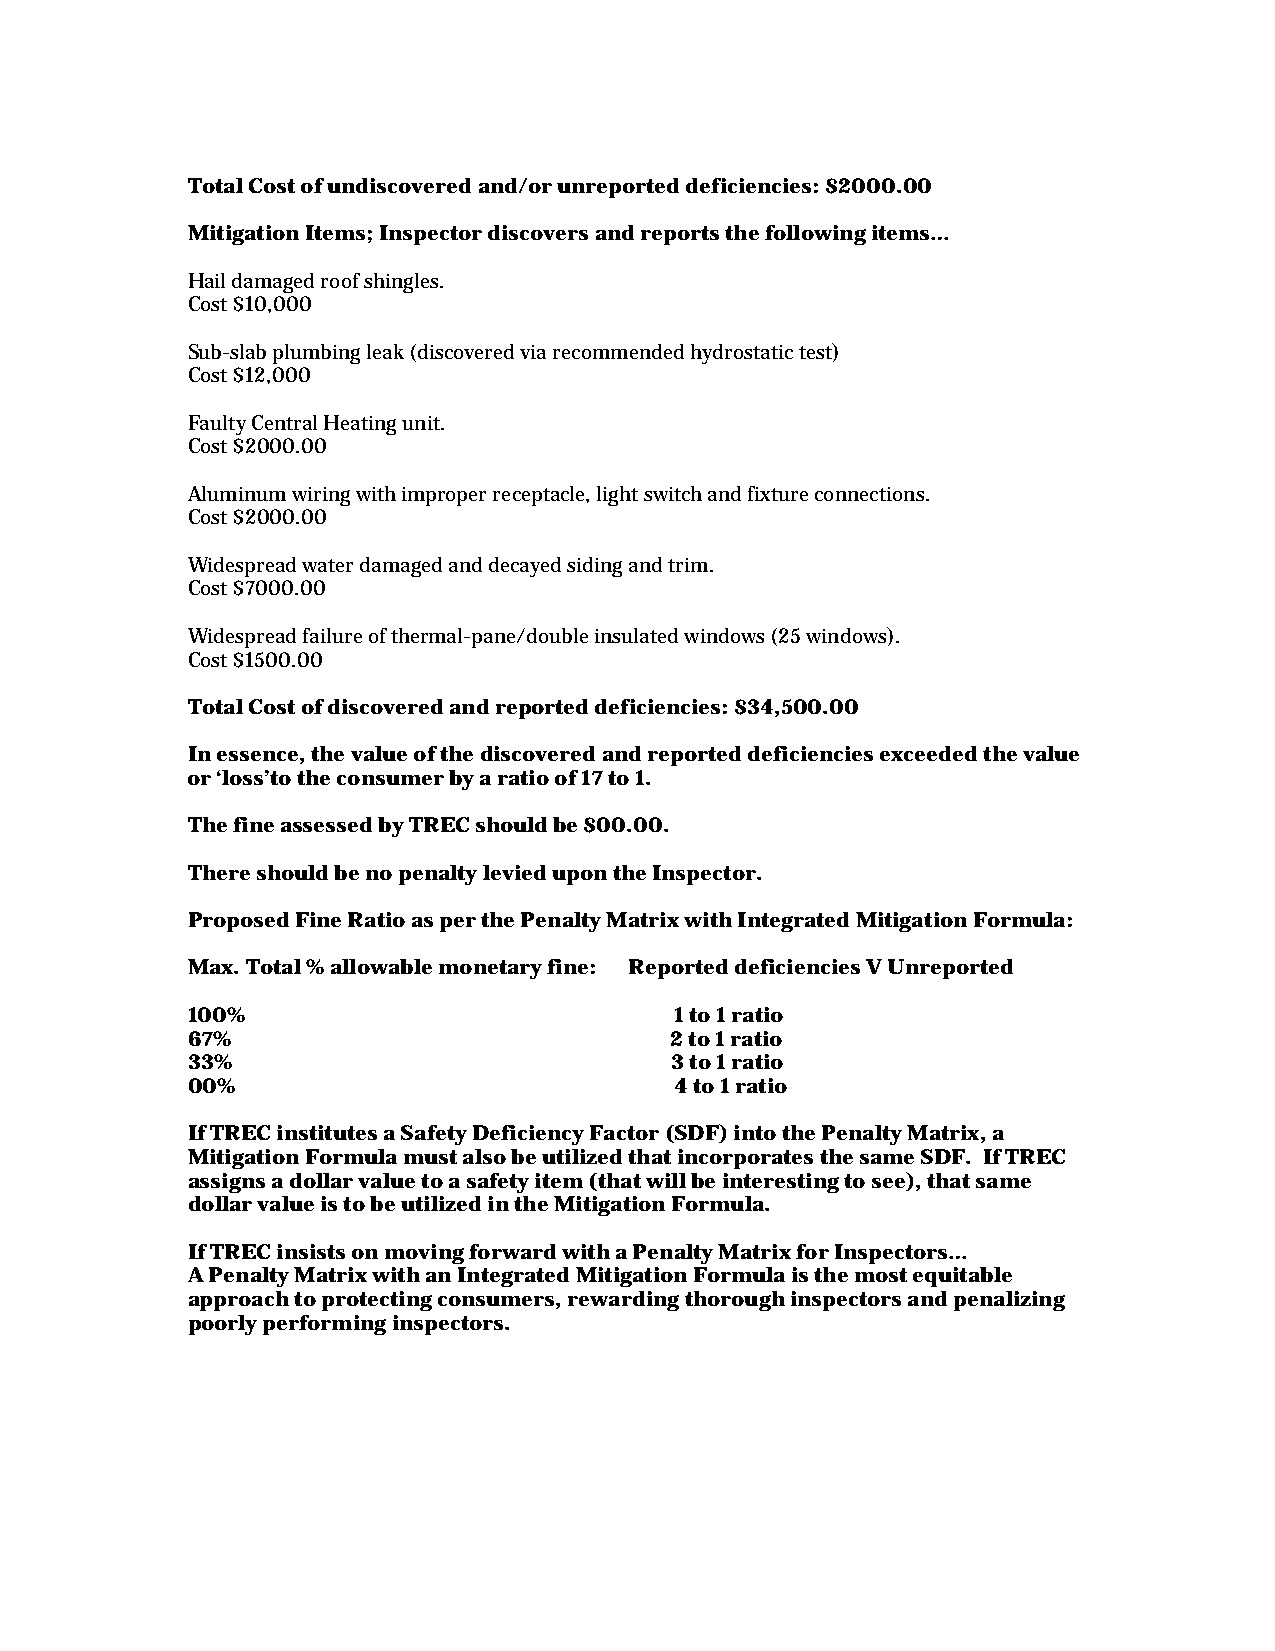
Total Cost of undiscovered and/or unreported deficiencies: $2000.00
 Mitigation Items; Inspector discovers and reports the following items…
 Hail damaged roof shingles.
 Cost $10,000
 Sub-slab plumbing leak (discovered via recommended hydrostatic test)
 Cost $12,000
 Faulty Central Heating unit.
 Cost $2000.00
 Aluminum wiring with improper receptacle, light switch and fixture connections.
 Cost $2000.00
 Widespread water damaged and decayed siding and trim.
 Cost $7000.00
 Widespread failure of thermal-pane/double insulated windows (25 windows).
 Cost $1500.00
 Total Cost of discovered and reported deficiencies: $34,500.00
 In essence, the value of the discovered and reported deficiencies exceeded the value
 or ‘loss’to the consumer by a ratio of 17 to 1.
 The fine assessed by TREC should be $00.00.
 There should be no penalty levied upon the Inspector.
 Proposed Fine Ratio as per the Penalty Matrix with Integrated Mitigation Formula:
 Max. Total % allowable monetary fine: Reported deficiencies V Unreported
 100%                             1 to 1 ratio
 67%                             2 to 1 ratio
 33%                             3 to 1 ratio
 00%                              4 to 1 ratio
 If TREC institutes a Safety Deficiency Factor (SDF) into the Penalty Matrix, a
 Mitigation Formula must also be utilized that incorporates the same SDF. If TREC
 assigns a dollar value to a safety item (that will be interesting to see), that same
 dollar value is to be utilized in the Mitigation Formula.
 If TREC insists on moving forward with a Penalty Matrix for Inspectors…
 A Penalty Matrix with an Integrated Mitigation Formula is the most equitable
 approach to protecting consumers, rewarding thorough inspectors and penalizing
 poorly performing inspectors.